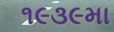
૧૯૩૯મા